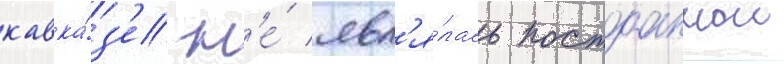
кавка́з'е н'е́ явл'я́лась постоаннои